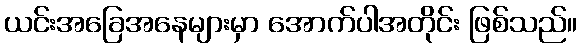
ယင်းအခြေအနေများမှာ အောက်ပါအတိုင်း ဖြစ်သည်။